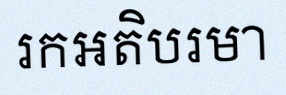
រកអតិបរមា